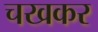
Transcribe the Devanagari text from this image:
चखकर